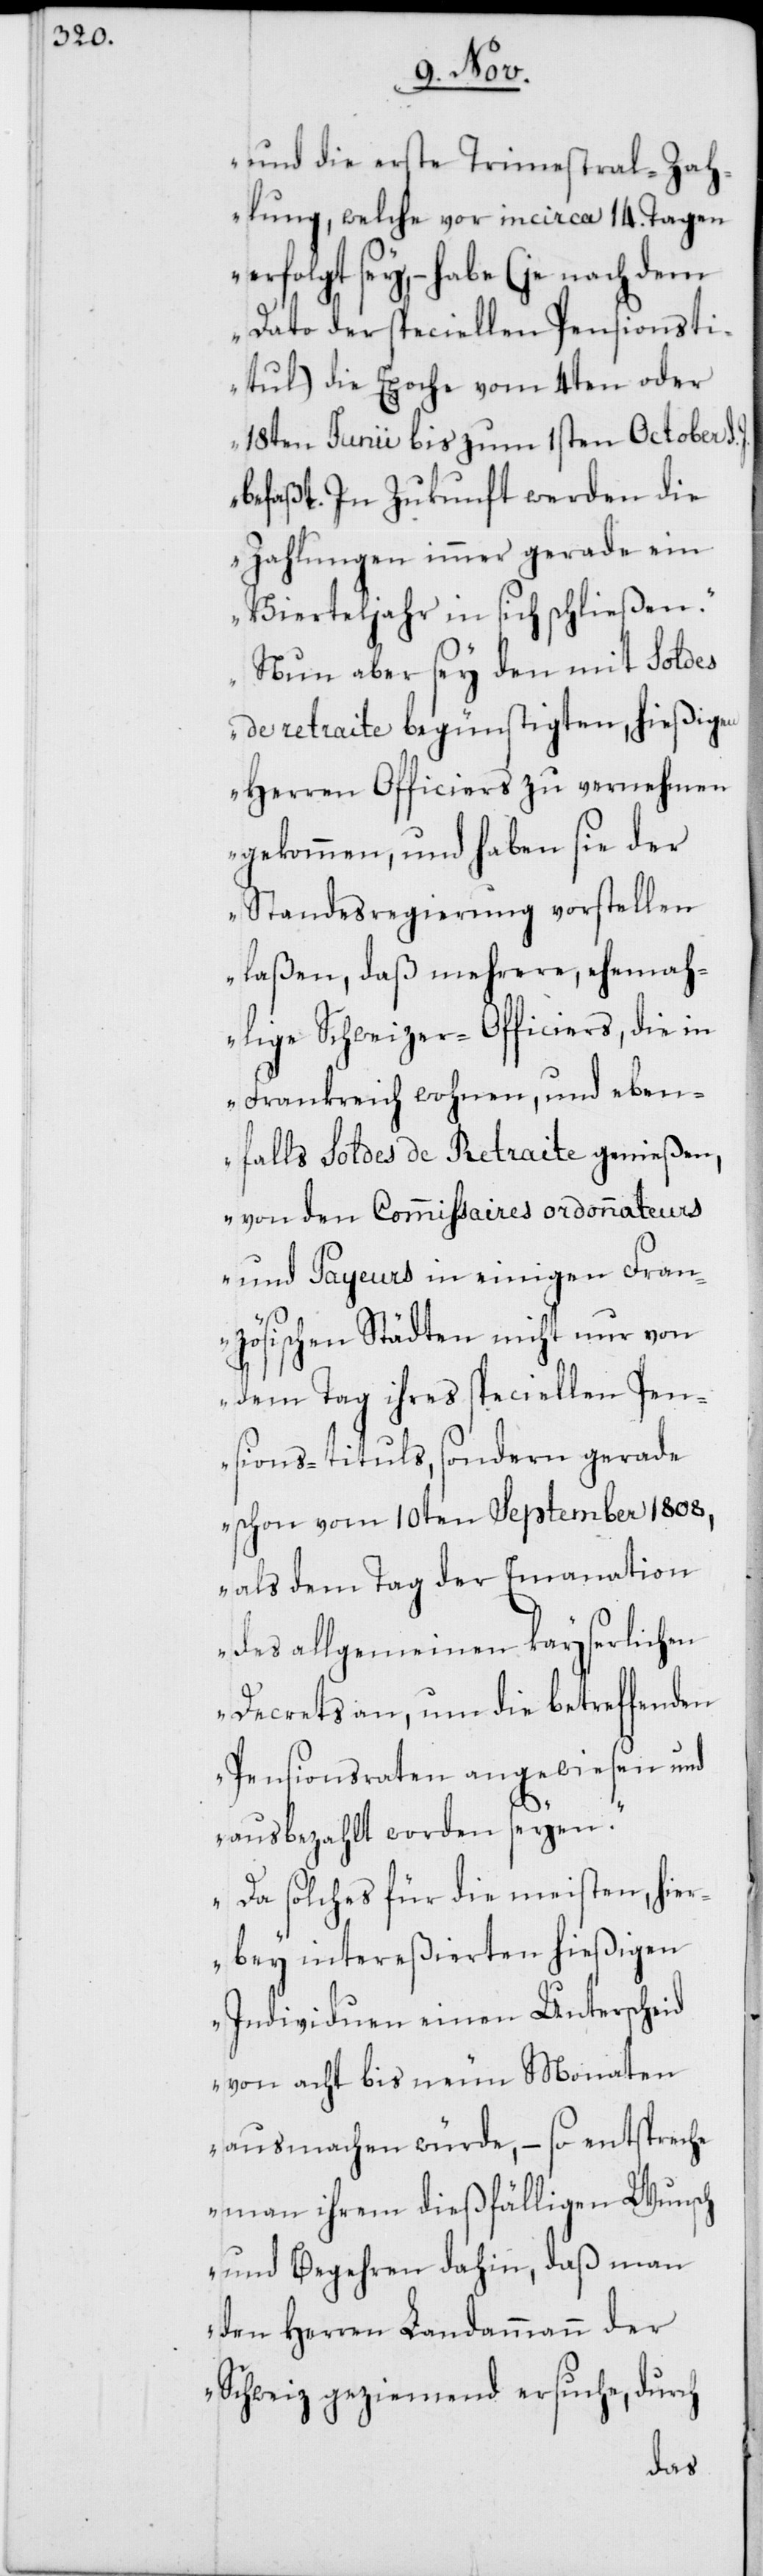
und die erste Trimestral-Zah¬
lung, welche vor in circa 14. Tagen
erfolgt sey, – habe (je nach dem
Dato der speciellen Pensionsti¬
tul) die Epoche vom 4ten oder
18ten Junii bis zum 1sten October d.
befaßt. In Zukunft werden die
Zahlungen immer gerade ein
Vierteljahr in sich schließen.
Nun aber sey den mit Soldes
de retraite [sic!] begünstigten, hießigen
Herren Officiers zu vernehmen
gekommen, und haben sie der
Standesregierung vorstellen
laßen, daß mehrere, ehema¬
lige Schweizer-Officiers, die in
Frankreich wohnen, und eben¬
falls Soldes de Retraite genießen,
von den Commißaires ordonnateurs
und Payeurs in einigen Fran¬
zösischen Städten nicht nur von
dem Tag ihres speciellen Pen¬
sions-tituls, sondern gerade
schon vom 10ten September 1808,
als dem Tag der Emanation
des allgemeinen kayserlichen
Decrets an, um die betreffenden
Pensionsraten angewiesen und
ausbezahlt worden seyen.
Da solches für die meisten, hier¬
bey intereßierten hießigen
Individuen einen Unterscheid
von acht bis neun Monaten
ausmachen würde, – so entspreche
man ihrem dießfälligen Wunsch
und Begehren dahin, daß man
den Herren Landammann der
Schweiz geziemend ersuche, durch